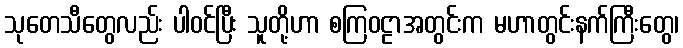
သုတေသီတွေလည်း ပါဝင်ပြီး သူတို့ဟာ စကြဝဠာအတွင်းက မဟာတွင်းနက်ကြီးတွေ၊